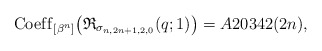
\begin{gather*} {\rm Coef\/f}_{[\beta^n]} \big(\mathfrak{R}_{\sigma_{n,2n+1,2,0}}(q;1) \big) =A20342(2n),\end{gather*}